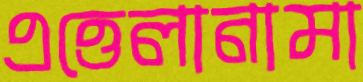
এত্তেলানামা